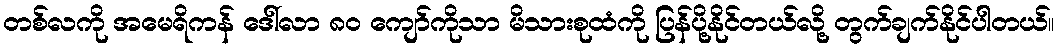
တစ်လကို အမေရိကန် ဒေါ်လာ ၈၀ ကျော်ကိုသာ မိသားစုထံကို ပြန်ပို့နိုင်တယ်လို့ တွက်ချက်နိုင်ပါတယ်။